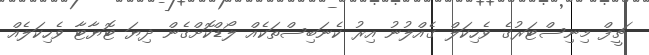
ޗީފް މިނިސްޓަރުގެ ވެހިކަލް ގެއްލުނު އިރު ކެނަބިސްތަކެއް ލޯޑްކޮށްގެން ދިޔަ ޓޮޔާޓާ ވެހިކަލެއް